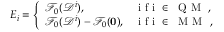
E _ { i } = \left\{ \begin{array} { l l } { \mathcal { F } _ { 0 } ( \mathcal { D } ^ { i } ) , } & { \mathrm { ~ i ~ f ~ i ~ \in ~ \mathrm { ~ Q ~ M ~ } ~ } , } \\ { \mathcal { F } _ { 0 } ( \mathcal { D } ^ { i } ) - \mathcal { F } _ { 0 } ( \mathbf { 0 } ) , } & { \mathrm { ~ i ~ f ~ i ~ \in ~ \mathrm { ~ M ~ M ~ } ~ } , } \end{array} \right.